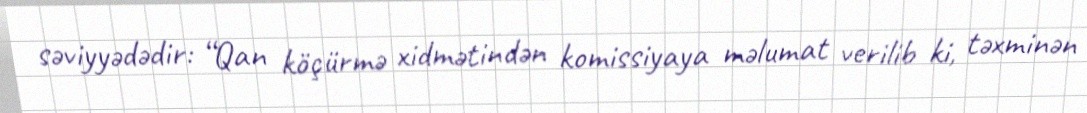
səviyyədədir: “Qan köçürmə xidmətindən komissiyaya məlumat verilib ki, təxminən